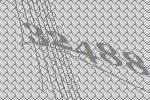
32488